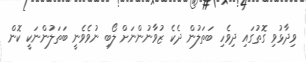
ވިދާޅުވި ގޮތުގައި ދިވެހި ބަތަލުން ދެކެ ޒުވާނުންނަށް ލޯބި ނުވެވެނީ ބަތަލުންނަކީ ކޮން